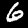
Digit: 6